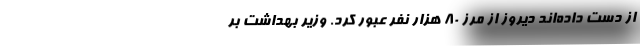
از دست داده‌اند دیروز از مرز ۸۰ هزار نفر عبور کرد. وزیر بهداشت بر